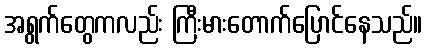
အရွက်တွေကလည်း ကြီးမားတောက်ပြောင်နေသည်။